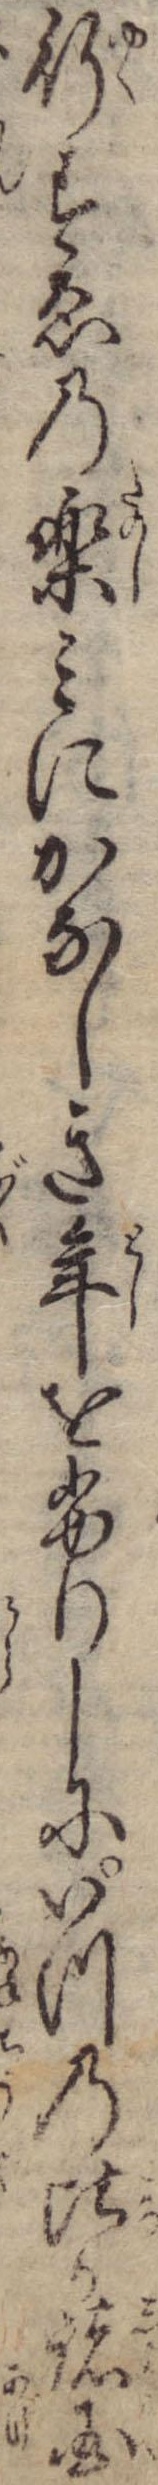
行すゑの楽みにかなしき年をふりしにいつの比か諸国